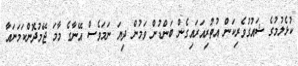
ކުޅެލުމުގެ ޝައުގުވެރިކަން އުތުރިއަރައިގެން ބަންޑުން ވަމުން ދިޔަ ނަމަވެސް އޭނާގެ މާމަ ޖޭމުދޮންކަމަނައާ